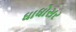
ધાધોસર